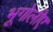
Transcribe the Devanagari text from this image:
भूगोलीए